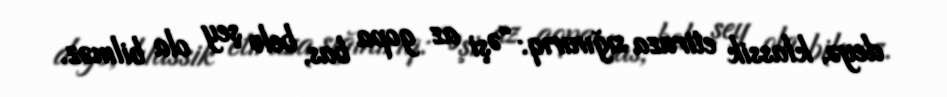
deyə, klassik etiraza sığınırıq: “Əşi az gopa bas, belə şey ola bilməz.